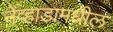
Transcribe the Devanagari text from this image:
नेव्हाडामधील